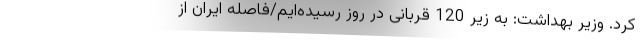
کرد. وزیر بهداشت: به زیر 120 قربانی در روز رسیده‌ایم/فاصله ایران از